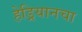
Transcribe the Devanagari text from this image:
हेड्रियानचा